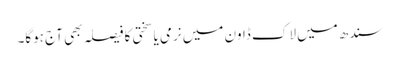
سندھ میں لاک ڈاون میں نرمی یا سختی کا فیصلہ بھی آج ہوگا۔